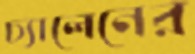
চ্যালেনের